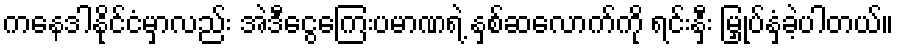
ကနေဒါနိုင်ငံမှာလည်း အဲဒီငွေကြေးပမာဏရဲ့ နှစ်ဆလောက်ကို ရင်းနှီး မြှုပ်နှံခဲ့ပါတယ်။